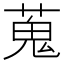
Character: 蒐